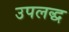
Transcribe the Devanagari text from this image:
उपलद्ध